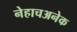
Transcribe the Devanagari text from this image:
नेहाचअनेक